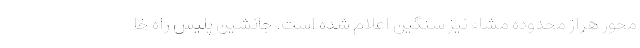
محور هراز محدوده مشاء نیز سنگین اعلام شده است. جانشین پلیس راه خا